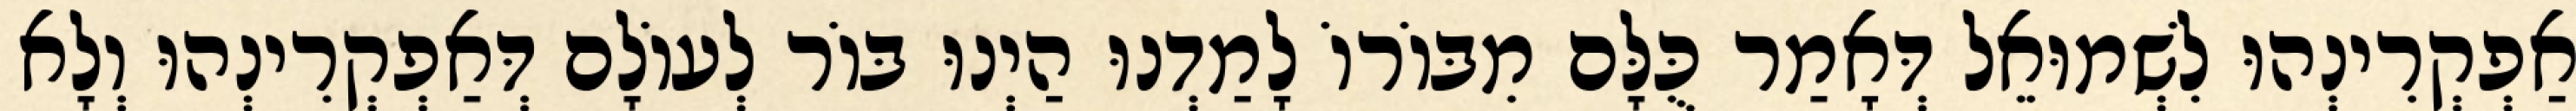
אַפְקְרִינְהוּ לִשְׁמוּאֵל דְּאָמַר כֻּלָּם מִבּוֹרוֹ לָמַדְנוּ הַיְנוּ בּוֹר לְעוֹלָם דְּאַפְקְרִינְהוּ וְלָא